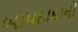
બાપદાદાનો